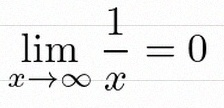
\lim_{x\to\infty}\frac{1}{x}=0